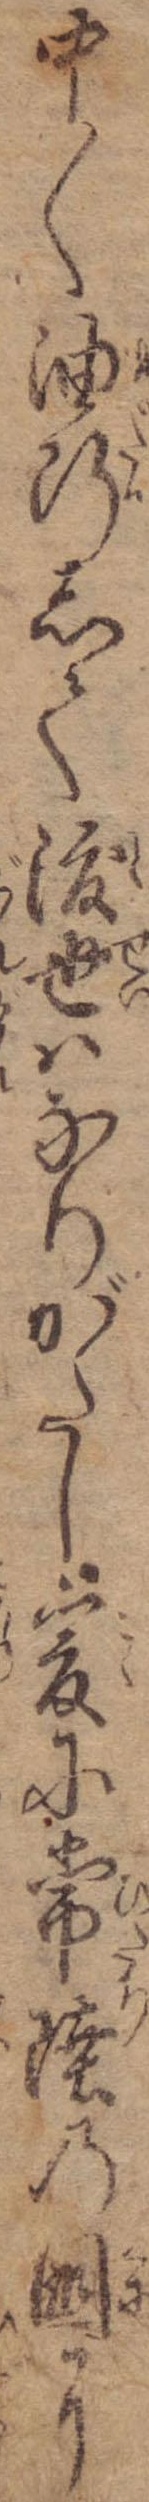
中〱油断して渡世はなりがたし爰に常陸の国に